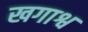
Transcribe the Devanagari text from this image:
खगाश्व